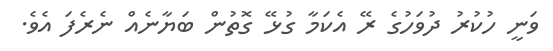
ވަނީ ހުކުރު ދުވަހުގެ ރޭ އެކަމާ ގުޅޭ ގޮތުން ބަޔާނެއް ނެރެފަ އެވެ.